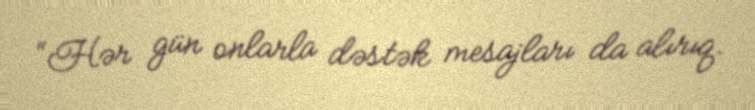
“Hər gün onlarla dəstək mesajları da alırıq.